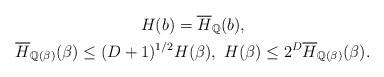
LaTeX: \begin{gather*}H(b)= \overline{H}_{\mathbb{Q}} (b), \\\overline{H}_{\mathbb{Q} (\beta )} (\beta ) \leq (D+1)^{1/2} H(\beta ),\ H(\beta ) \leq 2^D \overline{H}_{\mathbb{Q} (\beta )} (\beta ).\end{gather*}